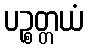
ပဉ္စတ္တယံ